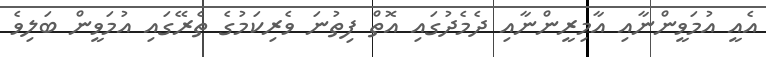
އެއީ އުމަވީންނާއި އާމިރީންނާއި ދެމެދުގައި އޮތް ފިތުނަ ވެރިކަމުގެ ތެރޭގައި އުމަވީން ބަލިވެ